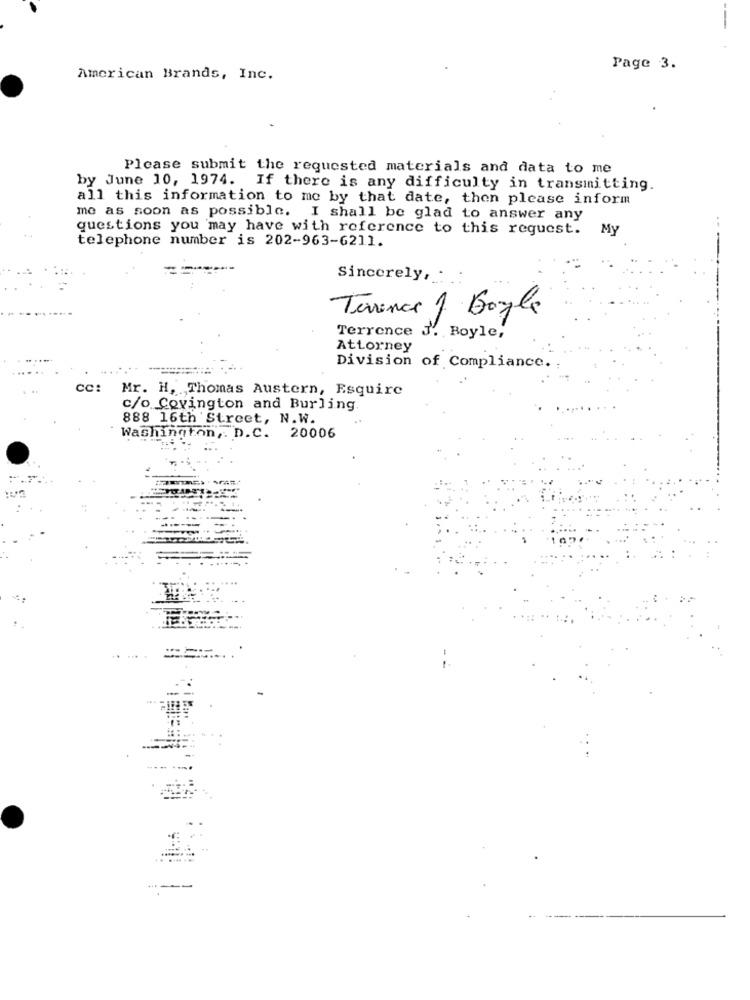
Page 3.
American Brands, Inc.
Please submit the requested materials and data to me
by June 10, 1974. If there is any difficulty in transmitting.
all this information to me by that date, then please inform
me as soon as possible. I shall be glad to answer any
questions you may have with reference to this request.
My
telephone number is 202-963-6211.
Sincerely, .
Terrence 1 Boyle
Terrence J'. Boyle,
Attorney
Division of Compliance.
cc: Mr. H, Thomas Austern, Esquire
c/o Covington and Burling.
888 16th Street, N.W.
Washington, D.C. 20006